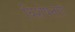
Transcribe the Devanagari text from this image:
विशेषताऐ